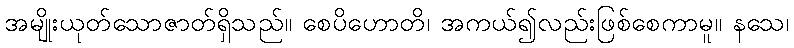
အမျိုးယုတ်သောဇာတ်ရှိသည်။ စေပိဟောတိ၊ အကယ်၍လည်းဖြစ်စေကာမူ။ နသေ၊